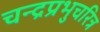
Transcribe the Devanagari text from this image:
चन्द्रप्रभुचरित्र